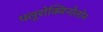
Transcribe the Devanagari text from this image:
फ्लूरोक्विनोलोन